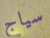
سياج